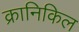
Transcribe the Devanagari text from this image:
क्रानिकिल